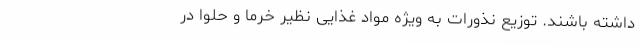
داشته باشند. توزیع نذورات به ویژه مواد غذایی نظیر خرما و حلوا در